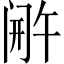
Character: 𬮫